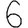
Digit: 6